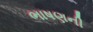
ભાષણની